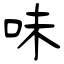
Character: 味